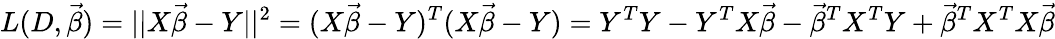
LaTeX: L(D,{\vec{\beta}})=||X{\vec{\beta}}-Y||^{2}=(X{\vec{\beta}}-Y)^{T}(X{\vec{\beta}}-Y)=Y^{T}Y-Y^{T}X{\vec{\beta}}-{\vec{\beta}}^{T}X^{T}Y+{\vec{\beta}}^{T}X^{T}X{\vec{\beta}}